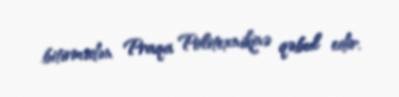
bitirmədən Praqa Politexnikinə qəbul edir.